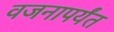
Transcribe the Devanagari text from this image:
वजनापर्यंत